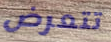
تتعرض